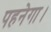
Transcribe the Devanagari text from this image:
पहनेगा।